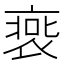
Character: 𧚹